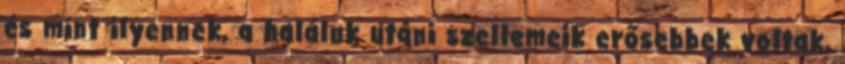
és mint ilyennek, a haláluk utáni szellemeik erősebbek voltak,